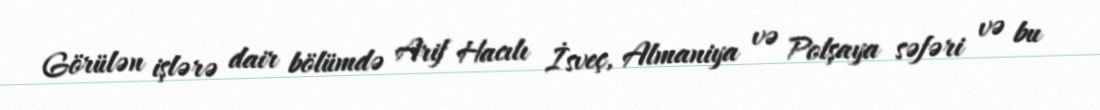
Görülən işlərə dair bölümdə Arif Hacılı İsveç, Almaniya və Polşaya səfəri və bu